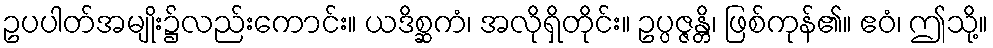
ဥပပါတ်အမျိုး၌လည်းကောင်း။ ယဒိစ္ဆကံ၊ အလိုရှိတိုင်း။ ဥပ္ပဇ္ဇန္တိ၊ ဖြစ်ကုန်၏။ ဧဝံ၊ ဤသို့။